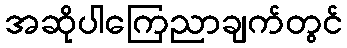
အဆိုပါကြေညာချက်တွင်